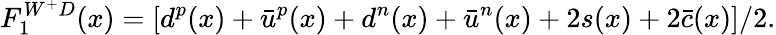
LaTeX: F_{1}^{W^{+}D}(x)=\left[d^{p}(x)+\bar{u}^{p}(x)+d^{n}(x)+\bar{u}^{n}(x)+2s(x)+2\bar{c}(x)\right]/2.